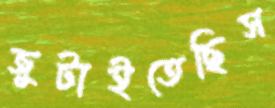
জুটাইতেছিস